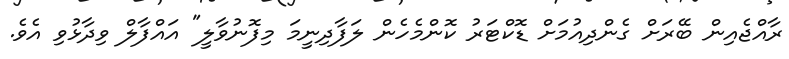
ރާއްޖެއިން ބޭރަށް ގެންދިއުމަށް ޑޮކްޓަރު ކޮންމެހެން ލަފާދިނީމަ މިފޮނުވާލީ" އައްފާލް ވިދާޅުވި އެވެ.